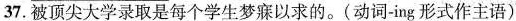
37.被顶尖大学录取是每个学生梦寐以求的.(动词-ing 形式作主语)